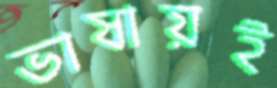
ভাষায়ই